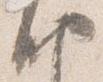
納